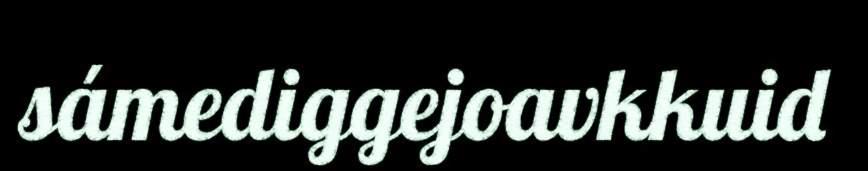
sámediggejoavkkuid